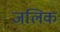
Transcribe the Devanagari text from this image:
जलिक